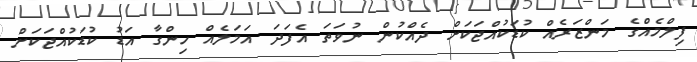
ފިލްމެއްގެ މަންޒަރެއް ކުޑަކުއްޖަކަށް ދެއްކުން ނުވަތަ އެފަދަ އަމަލެއް ހިންގާ އަޑު ކުޑަކުއްޖަކަށް